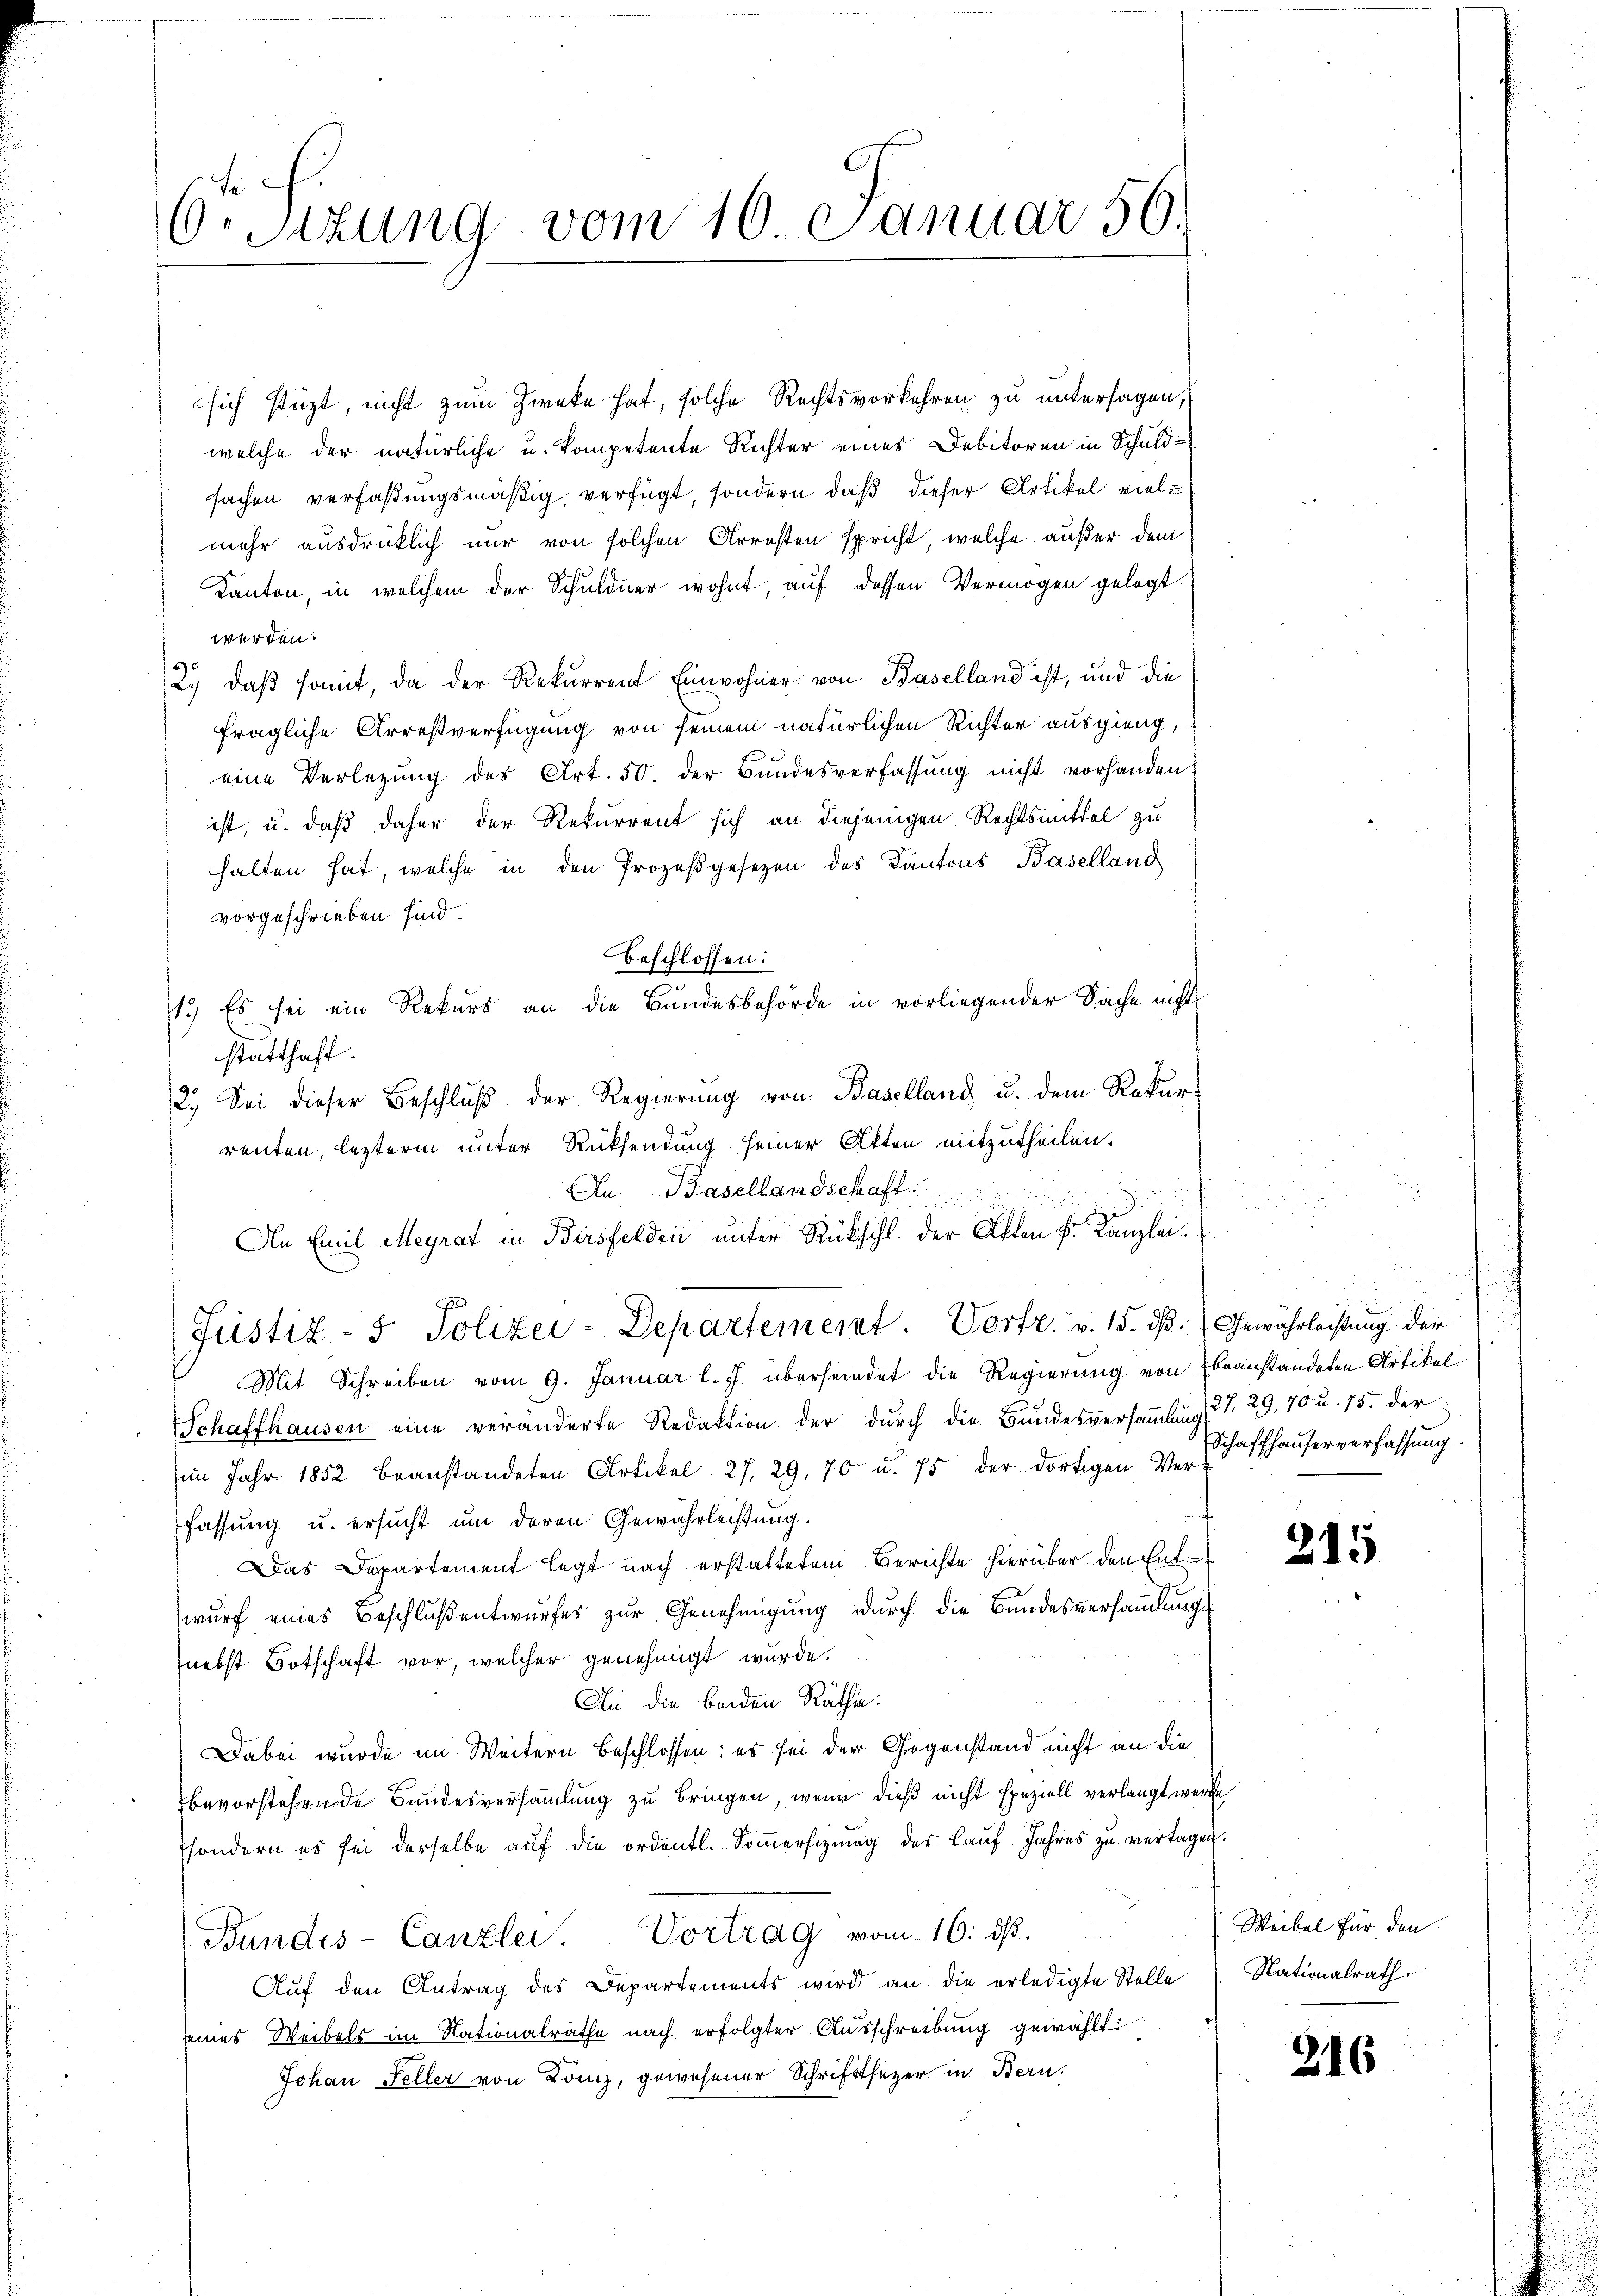
6r Sitzung vom 16. Januar 56.

sich stüzt, nicht zum Zwecke hat, solche Rechtsvorkehren zu untersagen,
welche der natürliche u. kompetente Richter eines Debitoren in Schuld-
sachen verfaßungsmäßig verfügt, sondern daß dieser Artikel viele
mehr ausdrücklich nur von solchen Arresten spricht, welche außer dem
Kanton, in welchem der Schuldner wohnt, auf dessen Vermögen gelegt
werden.
2.) daß somit, da der Rekurrent Einwohner von Baselland ist, und die
fragliche Arrestverfügung von seinem natürlichen Richter ausgieng,
eine Verlegŭng des Art. 50. der Bŭndesverfassŭng nicht vorhanden
ist, u. daß daher der Rekurrent sich an diejenigen Rechtsmittel zu
halten hat, welche in den Prozeßgesetzen des Kantons Baselland
vorgeschrieben sind.
beschlossen:
1.) Es sei ein Rekurs an die Bundesbehörde in vorliegender Sache nicht
statthaft.
2.) Sei dieser Beschluß der Regierung von Baselland u. dem Rekurrenten, lezterm unter Rücksendung seiner Akten mitzutheilen.
An Basellandschaft
An Emil Meyrat in Birsfelden unter Rückschl. der Akten Fr. Kanzlei.
Justiz- & Polizei-Departement. Vortr. v. 15. d.) Gewährleistung der
Mit Schreiben vom 9. Januar l. J. übersendet die Regierung von Ebeanstandeten Artikel
Schaffhausen eine veränderte Redaktion der durch die Bŭndesversaṁlŭng 27. 29,70 u. 15. der
i Jahr 1852 beanstandeten Artikel 27, 29, 70 u. 75 der dortigen Ver-
fassung u. ersucht um deren Gewährleistung.
Das Departement legt nach erstattetem Berichte hierüber den Entwurf eines Beschluß entwurfes zur Genehmigung durch die Bundesversammlungs
nebst Botschaft vor, welcher genehmigt wurde.
An die beiden Räthe:
Dabei wurde im Weitern beschlossen: es sei der Gegenstand nicht an die
bevorstehende Bundesversammlung zu bringen, wenn dieß nicht speziell verlangt werde
sondern es sei derselbe aŭf die ordentl. Soṁersizung des Lauf Jahres zu vertagen.
Bundes-Canzlei. Vortrag vom 16. ds.
Aŭf den Antrag des Departements wird an die erledigte Stelle Nationalrath
seines Weibels im Nationalrathe nach erfolgter Ausschreibung gewählt
Johan Feller von Lanz, gewesener Schrifttsezer in Bern.

Schaffhauserverfassung.

215

Weibel für den

216